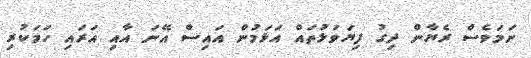
ނަމަވެސް ރެޔާން ދިގު ފިޔަވަޅުތައް އަޅަމުން އައިސް އޭނަ އާއި އަރައި ހަމަކުރި